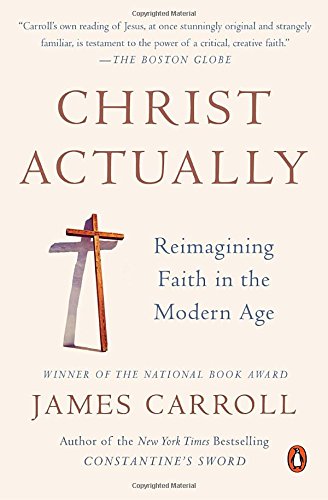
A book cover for Christ Actually: Reimagining Faith in the Modern Age; James Carroll; Christian Books & Bibles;